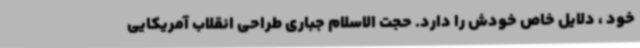
خود ، دلایل خاص خودش را دارد. حجت الاسلام جباری طراحی انقلاب آمریکایی